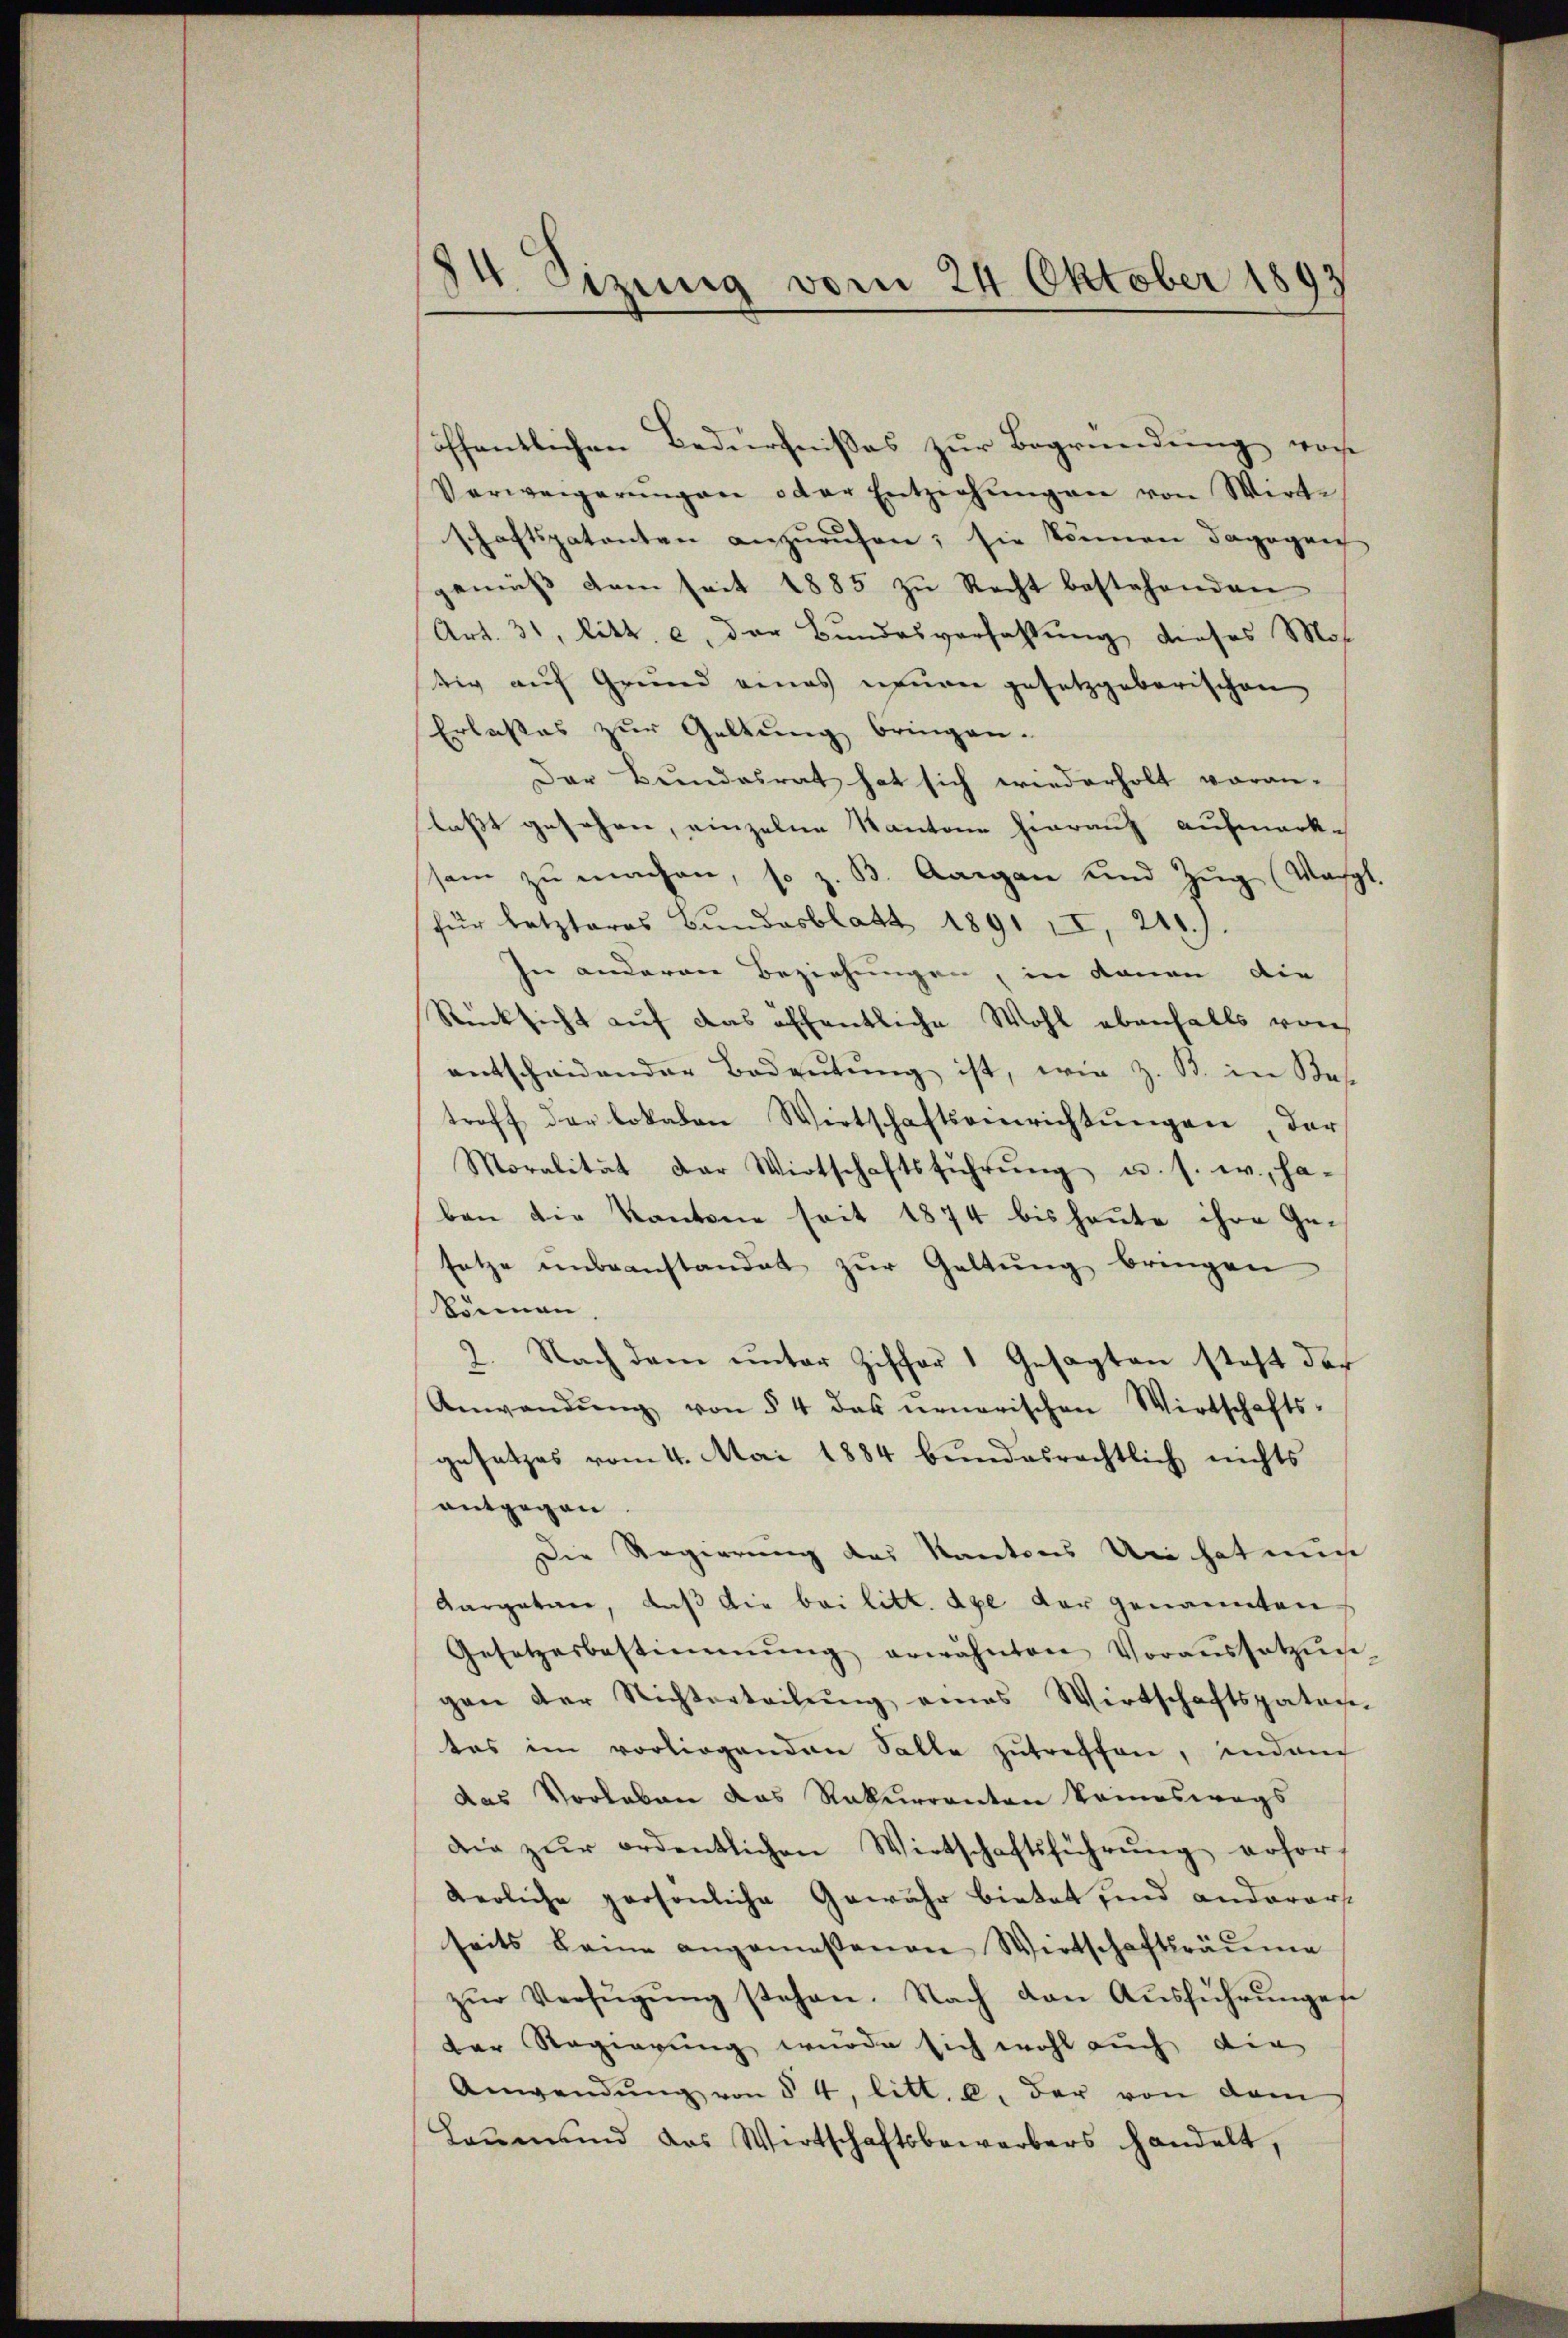
14 Sizung vom 24. Oktober 1893

öffentlichen Bedürfnißes zur Begründung, wor
Verweigerŭngen oder Entziehŭngen von Wirte
schaftspatenten anzurufen; sie können dagegen
gemäß dem seit 1885 zu Recht bestehenden
Art. 31, litt. c. der Bundesverfassung dieses Mos
tig auf Grund eines neuen gesetzgeberischen
Erlaßes zur Geltung bringen.
Der Bundesrat hat sich wiederholt voran-
laßt gesehen, einzelne Kantone hierauf aufmerksam zu machen, so z. B. Aargau und Zug (Wagt.
für letzteres Bundesblatt 1891 II, 210.)
In anderen Beziehungen, in denen die
Rücksicht aŭf das öffentliche Wohl ebenfalls von
entscheidender Bedeutung ist, wie z. B. in Bes
troff der lokalen Wirtschaftseinrichtŭngen, der
Moralität der Wirtschaftsführŭng u. s. w., ha-
ben die Kantone seit 1874 bis heŭte ihre Ge-
setze unbeanstandet zŭr Galtŭng bringen
können.
2. Nach dem unter Ziffer Gesagten steht das
Anwendŭng von § 4 das neuerischen Wirtschafts-
gesetzes vom 4. Mai 1884 bŭndesrechtlich nichts
antgegen.
Die Regierung des Kantons Uri hat mic
Aargatar, daß die bei litt. Axe der genannten
Gesetzesbestimmŭng erwähnten Voraussetzŭng
gen der Nichterteilŭng eines Wirtschaftspaten
tes im vorliegenden Salle zŭtreffen, indem
das Vorleben das Rekurrenten kommeswegs
die zŭr ordentlichen Wirtschaftsführŭng erforderliche persönliche Gewähr bietet sind anderers
seits keine angemessenen Wirtschaftsräume
zŭr Verfügŭng stehen. Nach den Aŭsführŭngese
der Regierung wurde sich wohl auch die
Anwendŭng von § 4, litt. b. der von dem
Laŭmund das Wirtschaftsbewerbers handelt,